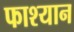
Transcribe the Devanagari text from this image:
फाश्यान